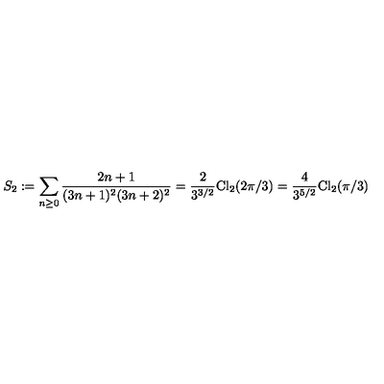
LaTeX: S _ { 2 } : = \sum _ { n \ge 0 } \frac { 2 n + 1 } { ( 3 n + 1 ) ^ { 2 } ( 3 n + 2 ) ^ { 2 } } = \frac { 2 } { 3 ^ { 3 / 2 } } \mathrm { C l } _ { 2 } ( 2 \pi / 3 ) = \frac { 4 } { 3 ^ { 5 / 2 } } \mathrm { C l } _ { 2 } ( \pi / 3 )